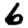
Digit: 6